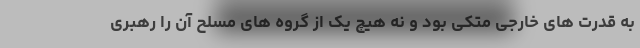
به قدرت های خارجی متکی بود و نه هیچ یک از گروه های مسلح آن را رهبری